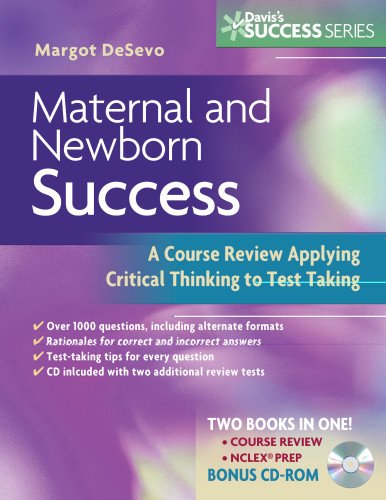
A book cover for Maternal and Newborn Success: A Course Review Applying Critical Thinking to Test Taking (Davis's Success Series); Margot R. De Sevo PhD  LCCE  IBCLC  RNC; Medical Books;